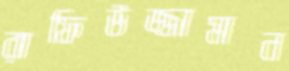
রাফিউজ্জামান